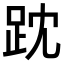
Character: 𧿒